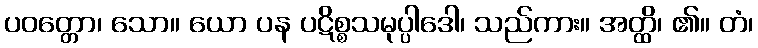
ပဝတ္တော၊ သော။ ယော ပန ပဋိစ္စသမုပ္ပါဒေါ၊ သည်ကား။ အတ္ထိ၊ ၏။ တံ၊